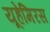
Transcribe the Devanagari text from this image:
यूहेमिरस